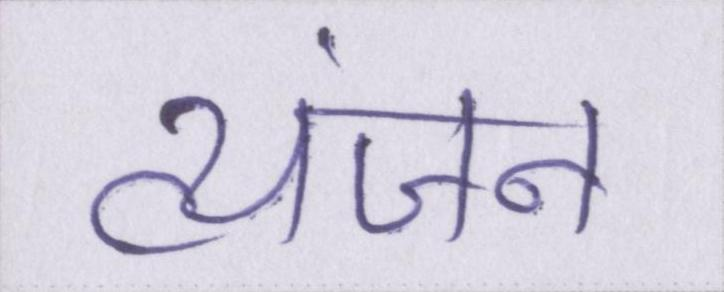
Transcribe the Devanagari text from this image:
व्यंजन